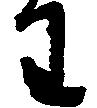
わ